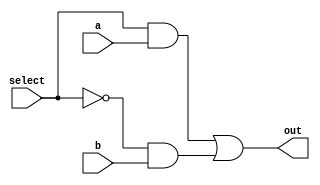
module mux(a , b , select , out);
	input a , b , select;
	output out;

	wire a, b, select, out;

	assign out = (select & a) | (!select & b);
endmodule